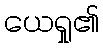
ယေရှု၏